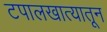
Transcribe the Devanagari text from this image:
टपालखात्यातून